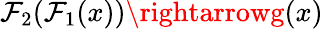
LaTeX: \mathcal{F}_{2}(\mathcal{F}_{1}(x))\rightarrowg(x)